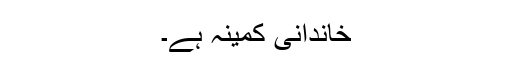
خاندانی کمینہ ہے۔